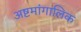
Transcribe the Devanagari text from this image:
अष्टमांगालिक